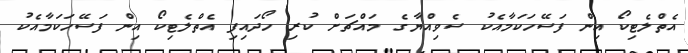
އެތްލެޓިކޯ އިން ފަސޭހަކަމާއެކު ސެވިއްޔާގެ މައްޗަށް ކުރި ހޯދައިފި އެތްލެޓިކޯ އިން ފަސޭހަކަމާއެކު